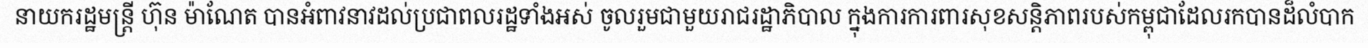
នាយករដ្ឋមន្ត្រី ហ៊ុន ម៉ាណែត បានអំពាវនាវដល់ប្រជាពលរដ្ឋទាំងអស់ ចូលរួមជាមួយរាជរដ្ឋាភិបាល ក្នុងការការពារសុខសន្តិភាពរបស់កម្ពុជាដែលរកបានដ៏លំបាក